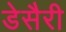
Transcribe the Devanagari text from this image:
डेसैरी